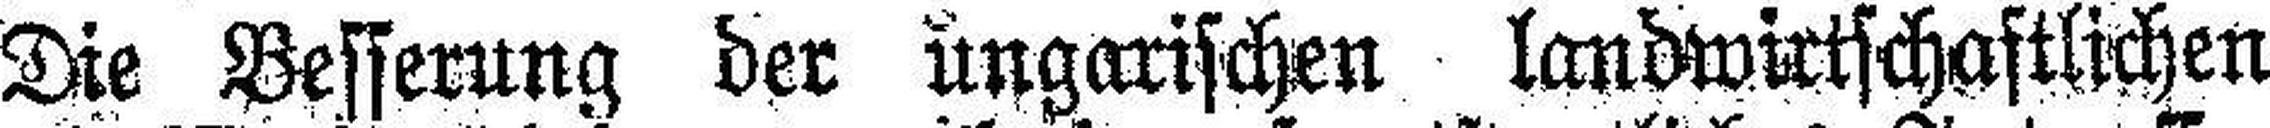
Die Besserung der ungarischen landwirtschaftlichen